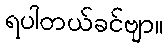
ရပါတယ်ခင်ဗျာ။